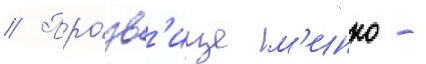
// Про́зв'ище м'инко -